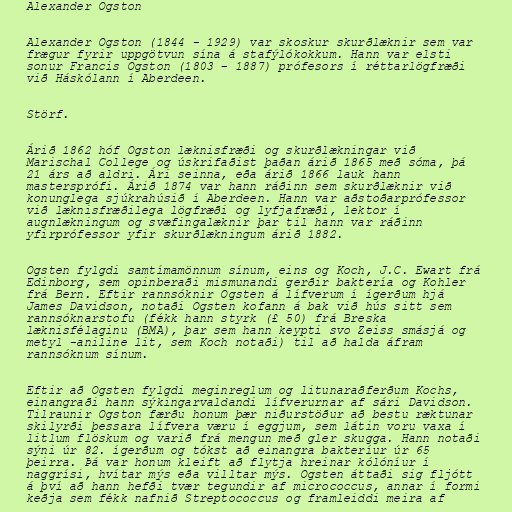
Alexander Ogston

Alexander Ogston (1844 - 1929) var skoskur skurðlæknir sem var
frægur fyrir uppgötvun sína á stafýlókokkum. Hann var elsti
sonur Francis Ogston (1803 – 1887) prófesors í réttarlögfræði
við Háskólann í Aberdeen.

Störf.

Árið 1862 hóf Ogston læknisfræði og skurðlækningar við
Marischal College og úskrifaðist þaðan árið 1865 með sóma, þá
21 árs að aldri. Ári seinna, eða árið 1866 lauk hann
mastersprófi. Árið 1874 var hann ráðinn sem skurðlæknir við
konunglega sjúkrahúsið í Aberdeen. Hann var aðstoðarprófessor
við læknisfræðilega lögfræði og lyfjafræði, lektor í
augnlækningum og svæfingalæknir þar til hann var ráðinn
yfirprófessor yfir skurðlækningum árið 1882.

Ogsten fylgdi samtímamönnum sínum, eins og Koch, J.C. Ewart frá
Edinborg, sem opinberaði mismunandi gerðir baktería og Kohler
frá Bern. Eftir rannsóknir Ogsten á lífverum í ígerðum hjá
James Davidson, notaði Ogsten kofann á bak við hús sitt sem
rannsóknarstofu (fékk hann styrk (£ 50) frá Breska
læknisfélaginu (BMA), þar sem hann keypti svo Zeiss smásjá og
metyl -aniline lit, sem Koch notaði) til að halda áfram
rannsóknum sínum.

Eftir að Ogsten fylgdi meginreglum og litunaraðferðum Kochs,
einangraði hann sýkingarvaldandi lífverurnar af sári Davidson.
Tilraunir Ogston færðu honum þær niðurstöður að bestu ræktunar
skilyrði þessara lífvera væru í eggjum, sem látin voru vaxa í
litlum flöskum og varið frá mengun með gler skugga. Hann notaði
sýni úr 82. ígerðum og tókst að einangra bakteríur úr 65
þeirra. Þá var honum kleift að flytja hreinar kólóníur í
naggrísi, hvítar mýs eða villtar mýs. Ogsten áttaði sig fljótt
á því að hann hefði tvær tegundir af micrococcus, annar í formi
keðja sem fékk nafnið Streptococcus og framleiddi meira af